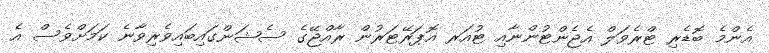
އެންމެ ބޮޑެރި ޓްރެވަލް އެޖެންޓުންނާއި ޓުއަރ އޮޕަރޭޓަރުން ރާއްޖޭގެ ސެޝަންގައިބައިވެރިވާނެ ކަމަށްވެސް އެ